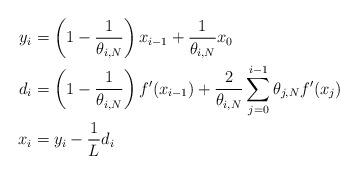
LaTeX: \begin{align*}y_i&=\left(1-\frac{1}{\theta_{i,N}}\right)x_{i-1}+\frac{1}{\theta_{i,N}}x_0\\d_i&=\left(1-\frac{1}{\theta_{i,N}}\right)f'(x_{i-1})+\frac{2}{\theta_{i,N}}\sum_{j=0}^{i-1} \theta_{j, N} f'(x_j)\\x_{i}&=y_i- \frac{1}{L} d_i\end{align*}